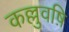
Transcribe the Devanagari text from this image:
कल्लुवष़ि